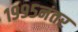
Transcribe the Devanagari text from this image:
१९९५नंतर